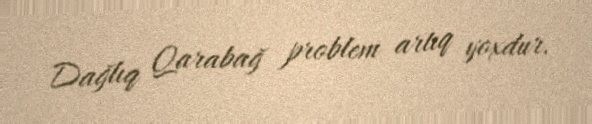
Dağlıq Qarabağ problem artıq yoxdur.